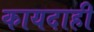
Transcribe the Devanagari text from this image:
कायदाही